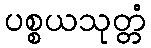
ပစ္စယသုတ္တံ